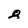
Character: 8